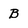
Character: B